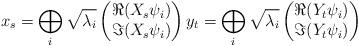
LaTeX: \begin{align*}x_s = \bigoplus_i \sqrt{\lambda_i} \begin{pmatrix} \Re(X_s \psi_i) \\ \Im(X_s \psi_i) \end{pmatrix} y_t = \bigoplus_i \sqrt{\lambda_i} \begin{pmatrix} \Re(Y_t \psi_i) \\ \Im(Y_t \psi_i) \end{pmatrix}\end{align*}